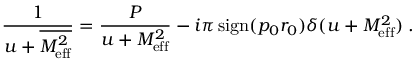
{ \frac { 1 } { u + \overline { { { M _ { \mathrm { e f f } } ^ { 2 } } } } } } = { \frac { \cal P } { u + M _ { \mathrm { e f f } } ^ { 2 } } } - i \pi \, \mathrm { s i g n } ( p _ { 0 } r _ { 0 } ) \delta ( u + M _ { \mathrm { e f f } } ^ { 2 } ) \; .